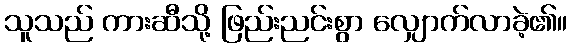
သူသည် ကားဆီသို့ ဖြည်းညင်းစွာ လျှောက်လာခဲ့၏။